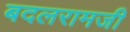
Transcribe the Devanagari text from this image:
बदलरामजी